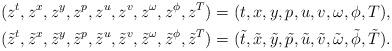
LaTeX: \begin{gather*}(z^t,z^x,z^y,z^p,z^u,z^v,z^\omega,z^\phi,z^T)=(t,x,y,p,u,v,\omega,\phi,T),\\(\tilde z^t,\tilde z^x,\tilde z^y,\tilde z^p,\tilde z^u,\tilde z^v,\tilde z^\omega,\tilde z^\phi,\tilde z^T)=(\tilde t,\tilde x,\tilde y,\tilde p,\tilde u,\tilde v,\tilde \omega,\tilde \phi,\tilde T).\end{gather*}